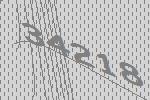
34218